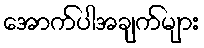
အောက်ပါအချက်များ